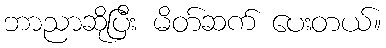
ဘာညာဆိုပြီး မိတ်ဆက် ပေးတယ်။